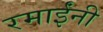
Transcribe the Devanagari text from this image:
रमाईंनी